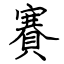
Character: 賽